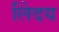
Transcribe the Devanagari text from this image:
लेिदय